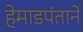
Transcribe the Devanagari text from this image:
हेमाडपंताने